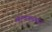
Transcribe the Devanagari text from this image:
खाणकामात